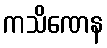
ကသိဏေန